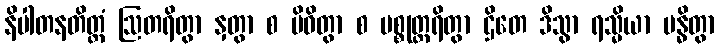
နိပါတနတိတ္ထံ ဩတရိတွာ နှတွာ စ ပိဝိတွာ စ ပစ္စုတ္တရိတွာ ဌိတေ ဒိသွာ ရသ္မိယာ ဗန္ဓိတွာ